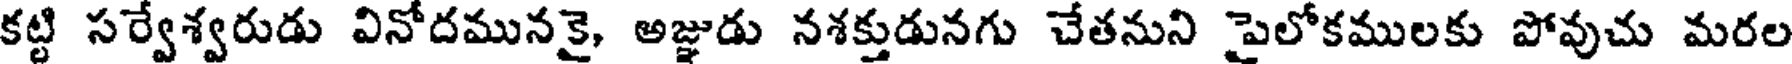
కట్టి సర్వేశ్వరుడు వినోదమునకై, అజ్ఞుడు నశక్తుడునగు చేతనుని పైలోకములకు పోవుచు మరల